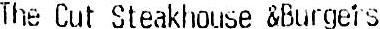
THE CUT STEAKHOUSE &BURGERS